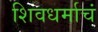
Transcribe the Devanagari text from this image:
शिवधर्माचं